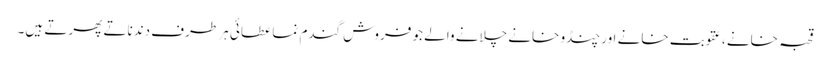
قحبہ خانے ،عقوبت خانے اور چنڈو خانے چلانے والے جو فروش گندم نما عطائی ہر طرف دندناتے پھرتے ہیں۔